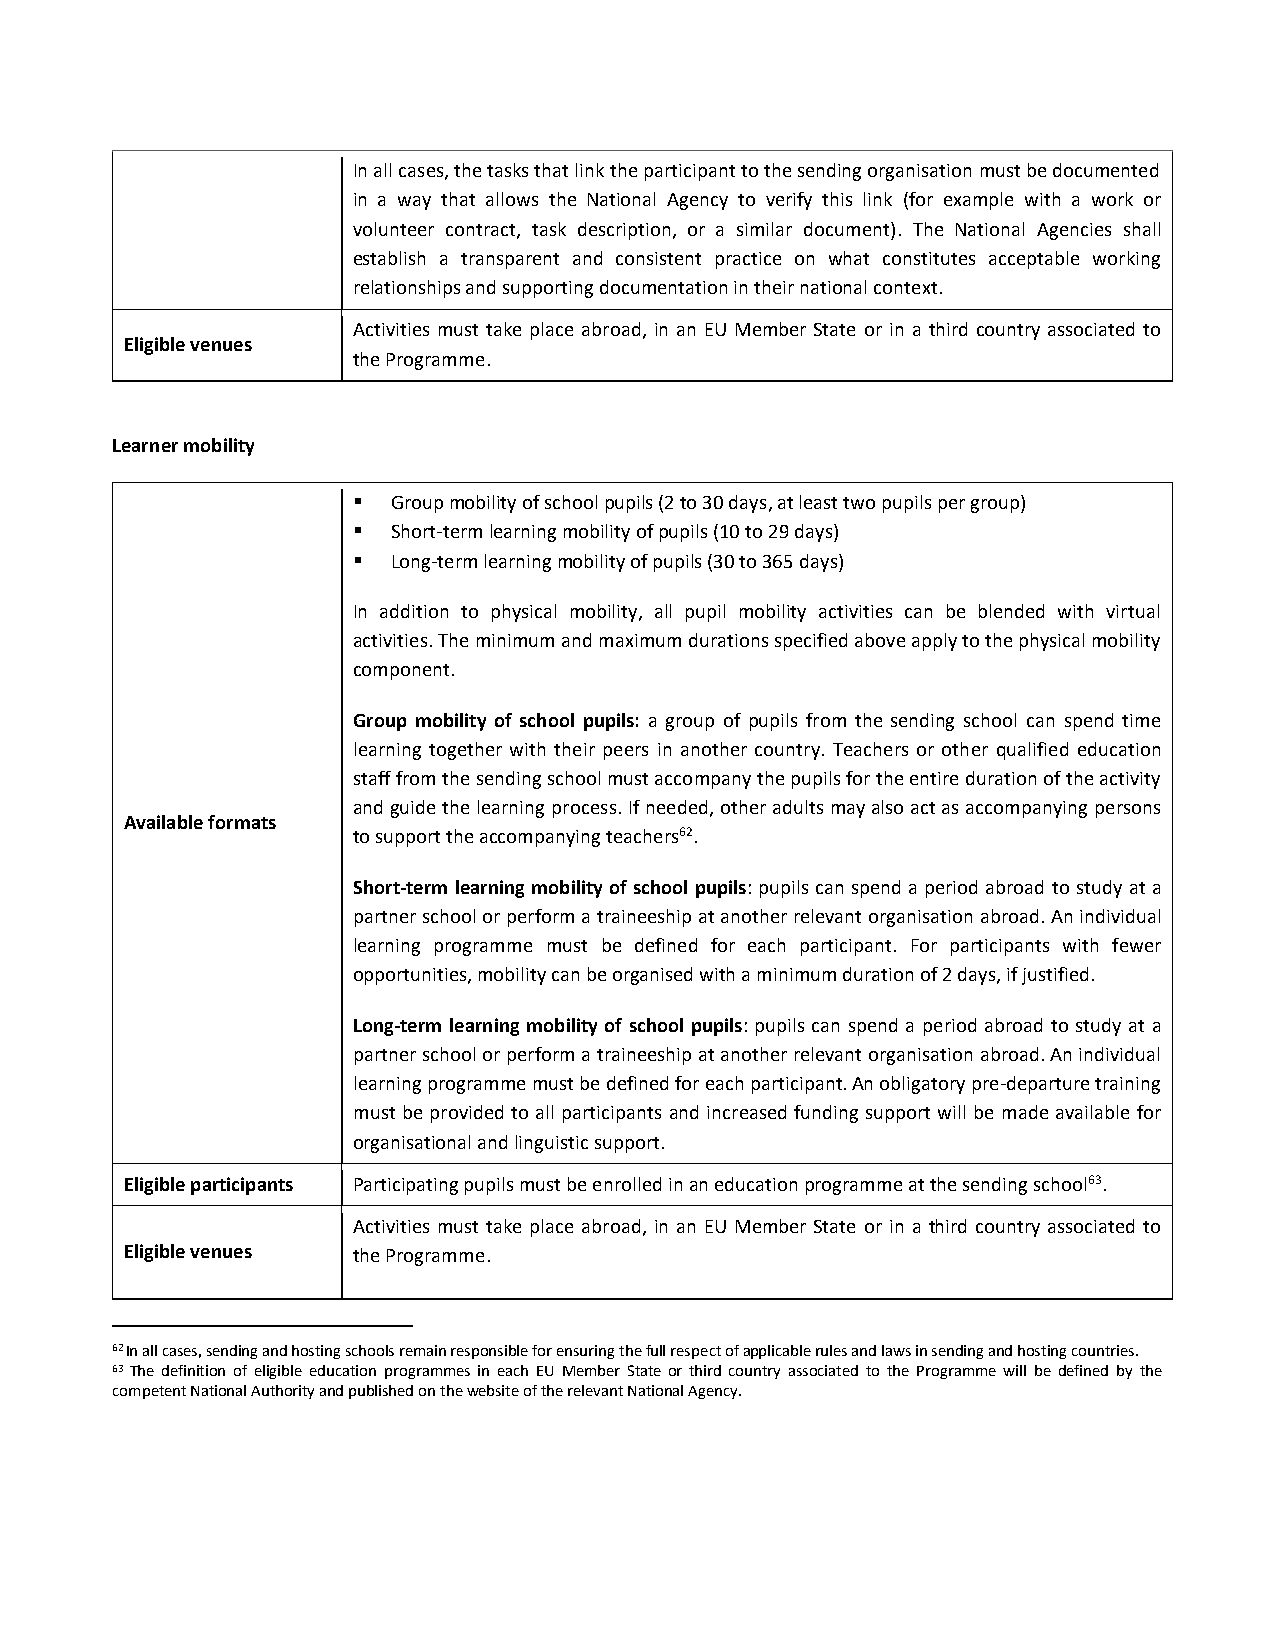
In all cases, the tasks that link the participant to the sending organisation must be documented
 in a way that allows the National Agency to verify this link (for example with a work or
 volunteer contract, task description, or a similar document). The National Agencies shall
 establish a transparent and consistent practice on what constitutes acceptable working
 relationships and supporting documentation in their national context.
 Activities must take place abroad, in an EU Member State or in a third country associated to
 Eligible venues
 the Programme.
 Learner mobility
   Group mobility of school pupils (2 to 30 days, at least two pupils per group)
   Short-term learning mobility of pupils (10 to 29 days)
   Long-term learning mobility of pupils (30 to 365 days)
 In addition to physical mobility, all pupil mobility activities can be blended with virtual
 activities. The minimum and maximum durations specified above apply to the physical mobility
 component.
 Group mobility of school pupils: a group of pupils from the sending school can spend time
 learning together with their peers in another country. Teachers or other qualified education
 staff from the sending school must accompany the pupils for the entire duration of the activity
 and guide the learning process. If needed, other adults may also act as accompanying persons
 Available formats
 to support the accompanying teachers62.
 Short-term learning mobility of school pupils: pupils can spend a period abroad to study at a
 partner school or perform a traineeship at another relevant organisation abroad. An individual
 learning programme must be defined for each participant. For participants with fewer
 opportunities, mobility can be organised with a minimum duration of 2 days, if justified.
 Long-term learning mobility of school pupils: pupils can spend a period abroad to study at a
 partner school or perform a traineeship at another relevant organisation abroad. An individual
 learning programme must be defined for each participant. An obligatory pre-departure training
 must be provided to all participants and increased funding support will be made available for
 organisational and linguistic support.
 Eligible participants Participating pupils must be enrolled in an education programme at the sending school63.
 Activities must take place abroad, in an EU Member State or in a third country associated to
 Eligible venues the Programme.
 62 In all cases, sending and hosting schools remain responsible for ensuring the full respect of applicable rules and laws in sending and hosting countries.
 63 The definition of eligible education programmes in each EU Member State or third country associated to the Programme will be defined by the
 competent National Authority and published on the website of the relevant National Agency.